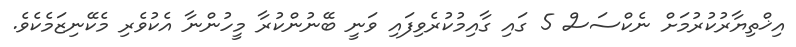
އިޚްތިޔާރުކުރުމަށް ނެކްސަސް 5 ގައި ގާއިމުކުރެވިފައި ވަނީ ބޭނުންކުރާ މީހުންނާ އެކުވެރި މެކޭނިޒަމެކެވެ.